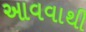
આવવાથી